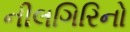
નીલગિરિનો